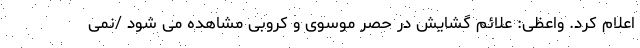
اعلام کرد. واعظی: علائم گشایش در حصر موسوی و کروبی مشاهده می شود /نمی